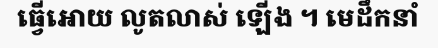
ធ្វើអោយ លូតលាស់ ឡើង ។ មេដឹកនាំ